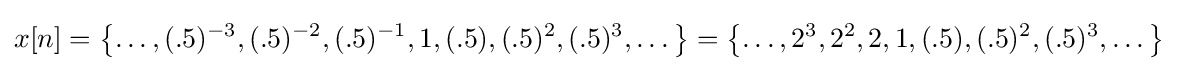
x[n]=\left\{\dots ,(.5)^{-3},(.5)^{-2},(.5)^{-1},1,(.5),(.5)^{2},(.5)^{3},\dots \right\}=\left\{\dots ,2^{3},2^{2},2,1,(.5),(.5)^{2},(.5)^{3},\dots \right\}